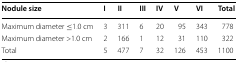
<table><thead><tr><td><b>Nodule size</b></td><td><b>I</b></td><td><b>II</b></td><td><b>III</b></td><td><b>IV</b></td><td><b>V</b></td><td><b>VI</b></td><td><b>Total</b></td></tr></thead><tbody><tr><td>Maximum diameter ≤1.0 cm</td><td>3</td><td>311</td><td>6</td><td>20</td><td>95</td><td>343</td><td>778</td></tr><tr><td>Maximum diameter &gt;1.0 cm</td><td>2</td><td>166</td><td>1</td><td>12</td><td>31</td><td>110</td><td>322</td></tr><tr><td>Total</td><td>5</td><td>477</td><td>7</td><td>32</td><td>126</td><td>453</td><td>1100</td></tr></tbody></table>